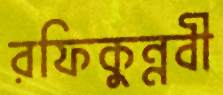
রফিকুন্নবী